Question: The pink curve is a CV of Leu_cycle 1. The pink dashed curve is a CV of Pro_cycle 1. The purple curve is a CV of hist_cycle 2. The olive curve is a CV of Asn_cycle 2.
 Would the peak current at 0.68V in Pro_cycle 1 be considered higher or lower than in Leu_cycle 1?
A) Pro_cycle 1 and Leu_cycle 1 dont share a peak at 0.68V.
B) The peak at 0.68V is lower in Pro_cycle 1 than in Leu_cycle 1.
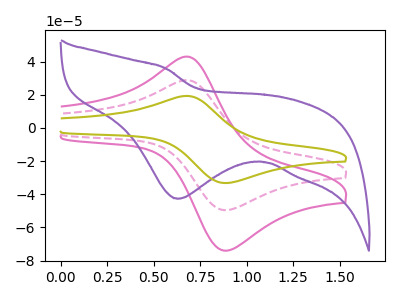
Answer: <think>The pink curve "Leu_cycle 1" has an anodic peak at (0.70V, 43.05uA) and a cathodic peak at (0.85V, -73.75uA). The pink dashed curve "Pro_cycle 1" has an anodic peak at (0.70V, 28.85uA) and a cathodic peak at (0.85V, -49.40uA). The purple curve "hist_cycle 2" has a cathodic peak at: (0.65V, -42.70uA). The olive curve "Asn_cycle 2" has an anodic peak at (0.70V, 57.70uA) and a cathodic peak at (0.85V, -98.80uA).</think>
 <answer>B) The peak at 0.68V is lower in "Pro_cycle 1" than in "Leu_cycle 1".</answer>
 <eval>B</eval>